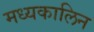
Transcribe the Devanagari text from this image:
मध्यकालिन